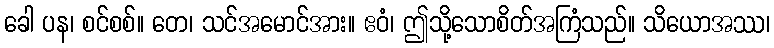
ခေါ ပန၊ စင်စစ်။ တေ၊ သင်အမောင်အား။ ဧဝံ၊ ဤသို့သောစိတ်အကြံသည်။ သိယောအဿ၊